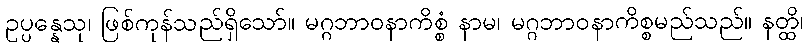
ဥပ္ပန္နေသု၊ ဖြစ်ကုန်သည်ရှိသော်။ မဂ္ဂဘာဝနာကိစ္စံ နာမ၊ မဂ္ဂဘာဝနာကိစ္စမည်သည်။ နတ္ထိ၊